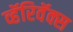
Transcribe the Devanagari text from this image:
व्हॅरिवॅक्स